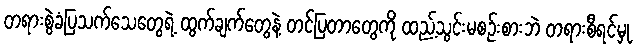
တရားစွဲခံပြသက်သေတွေရဲ့ ထွက်ချက်တွေနဲ့ တင်ပြတာတွေကို ထည့်သွင်းမစဉ်းစားဘဲ တရားစီရင်မှု